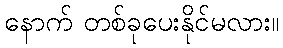
နောက် တစ်ခုပေးနိုင်မလား။